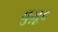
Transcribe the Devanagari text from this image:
वुज़ूद